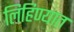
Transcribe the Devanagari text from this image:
लिहिण्‍यात